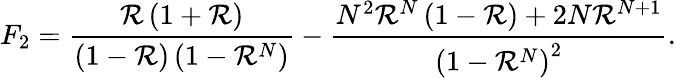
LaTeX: F_{2}=\frac{\mathcal{R}\left(1+\mathcal{R}\right)}{\left(1-\mathcal{R}\right)\left(1-\mathcal{R}^{N}\right)}-\frac{N^{2}\mathcal{\mathcal{R}}^{N}\left(1-\mathcal{\mathcal{R}}\right)+2N\mathcal{R}^{N+1}}{\left(1-\mathcal{R}^{N}\right)^{2}}.